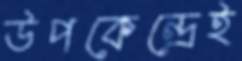
উপকেন্দ্রেই